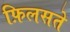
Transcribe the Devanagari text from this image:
फ़िलसते